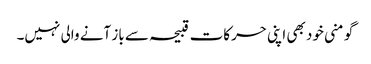
گو منی خود بھی اپنی حرکات قبیحہ سے باز آنے والی نہیں۔